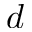
d